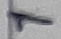
Text: 1